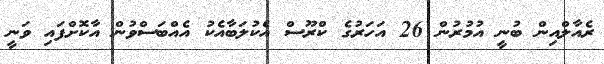
ރެއާލްއިން ބުނީ އުމުރުން 26 އަހަރުގެ ކްރޫސް އެކުލަބާއެކު އެއްބަސްވުން އާކޮށްފައި ވަނީ